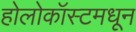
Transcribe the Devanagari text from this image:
होलोकॉस्टमधून